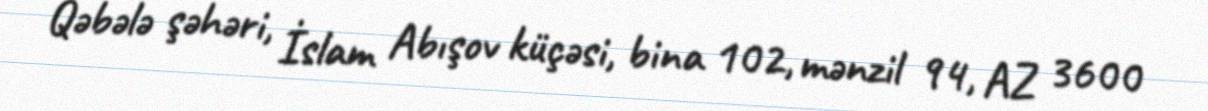
Qəbələ şəhəri, İslam Abışov küçəsi, bina 102, mənzil 94, AZ 3600